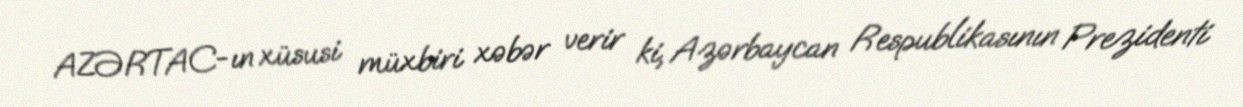
AZƏRTAC-ın xüsusi müxbiri xəbər verir ki, Azərbaycan Respublikasının Prezidenti